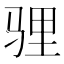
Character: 𩧹